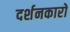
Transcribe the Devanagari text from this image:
दर्शनकारों